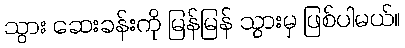
သွား ဆေးခန်းကို မြန်မြန် သွားမှ ဖြစ်ပါမယ်။